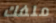
ملفك